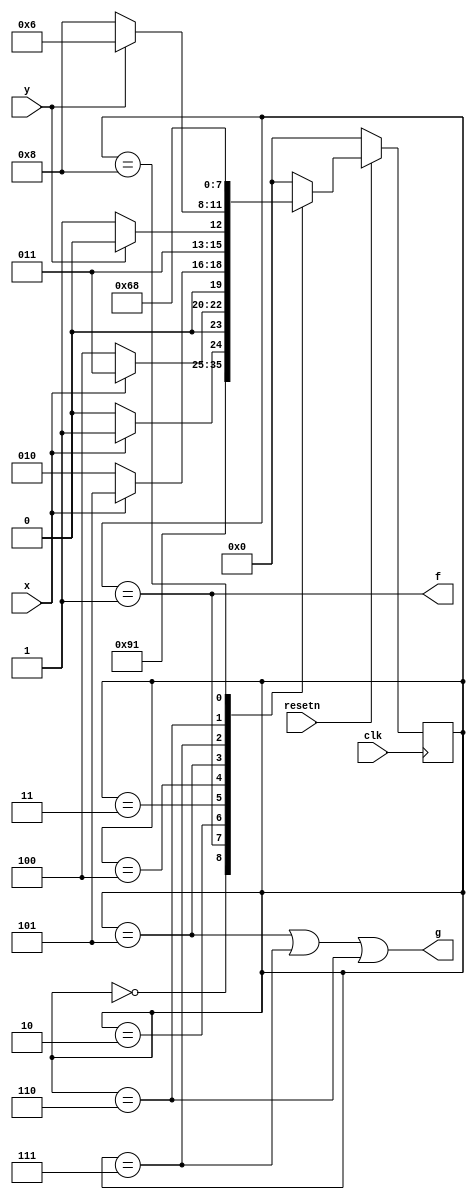
//
//
// https://hdlbits.01xz.net/wiki/Exams/2013_q2bfsm
//
//

`default_nettype none

module top_module (
    input       clk,
    input       resetn,
    input       x,
    input       y,
    output      f,
    output      g
);

    parameter   STATE_A     = 4'd0,
                OUTPUT_F1   = 4'd1,
                CHECK_X0    = 4'd2,
                CHECK_X1    = 4'd3,
                CHECK_X2    = 4'd4,
                OUTPUT_G1   = 4'd5,
                DONE_G1     = 4'd6,
                CHECK_Y     = 4'd7,
                DONE_G0     = 4'd8;

    reg [3:0]   state;
    reg [3:0]   next_state;

    always@(posedge clk) begin
        if(~resetn)
            state <= STATE_A;
        else
            state <= next_state;
    end

    always@(*) begin
        case(state)
        STATE_A     : next_state = resetn ? OUTPUT_F1 : STATE_A;
        OUTPUT_F1   : next_state = CHECK_X0;
        CHECK_X0    : next_state = x ? CHECK_X1 : CHECK_X0;
        CHECK_X1    : next_state = x ? CHECK_X1 : CHECK_X2;
        CHECK_X2    : next_state = x ? OUTPUT_G1 : CHECK_X0;
        OUTPUT_G1   : next_state = y ? DONE_G1 : CHECK_Y;
        CHECK_Y     : next_state = y ? DONE_G1 : DONE_G0;
        DONE_G1     : next_state = resetn ? DONE_G1 : STATE_A;
        DONE_G0     : next_state = resetn ? DONE_G0 : STATE_A;
        default     : next_state = STATE_A;
        endcase
    end

    assign f = (state == OUTPUT_F1);
    assign g = (state == OUTPUT_G1) | (state == CHECK_Y) | (state == DONE_G1);

endmodule